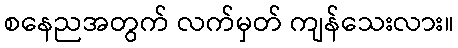
စနေညအတွက် လက်မှတ် ကျန်သေးလား။